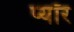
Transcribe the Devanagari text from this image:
प्यॉर